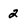
Character: 2